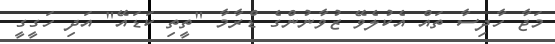
މަޖާ ހާދިސާ ތައް އެކުލެވޭ ޒުވާނުންގެ ޑްރާމާ "ތީތި ކަޑައޭ" އަދި ހަގީގީ